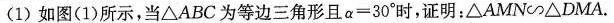
(1) 如图(1)所示，当△ABC 为等边三角形且 $$α = 3 0 °$$ 时，证明：△AMN∽△DMA.